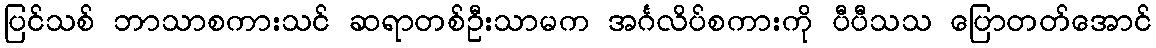
ပြင်သစ် ဘာသာစကားသင် ဆရာတစ်ဦးသာမက အင်္ဂလိပ်စကားကို ပီပီသသ ပြောတတ်အောင်